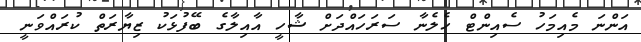
އަންނަ މެއިމަހު ސެއިންޓް ހެލެނާ ސަރަހައްދަށް ޝާހީ އާއިލާގެ ބޭފުޅަކު ޒިޔާރަތް ކުރައްވަނީ